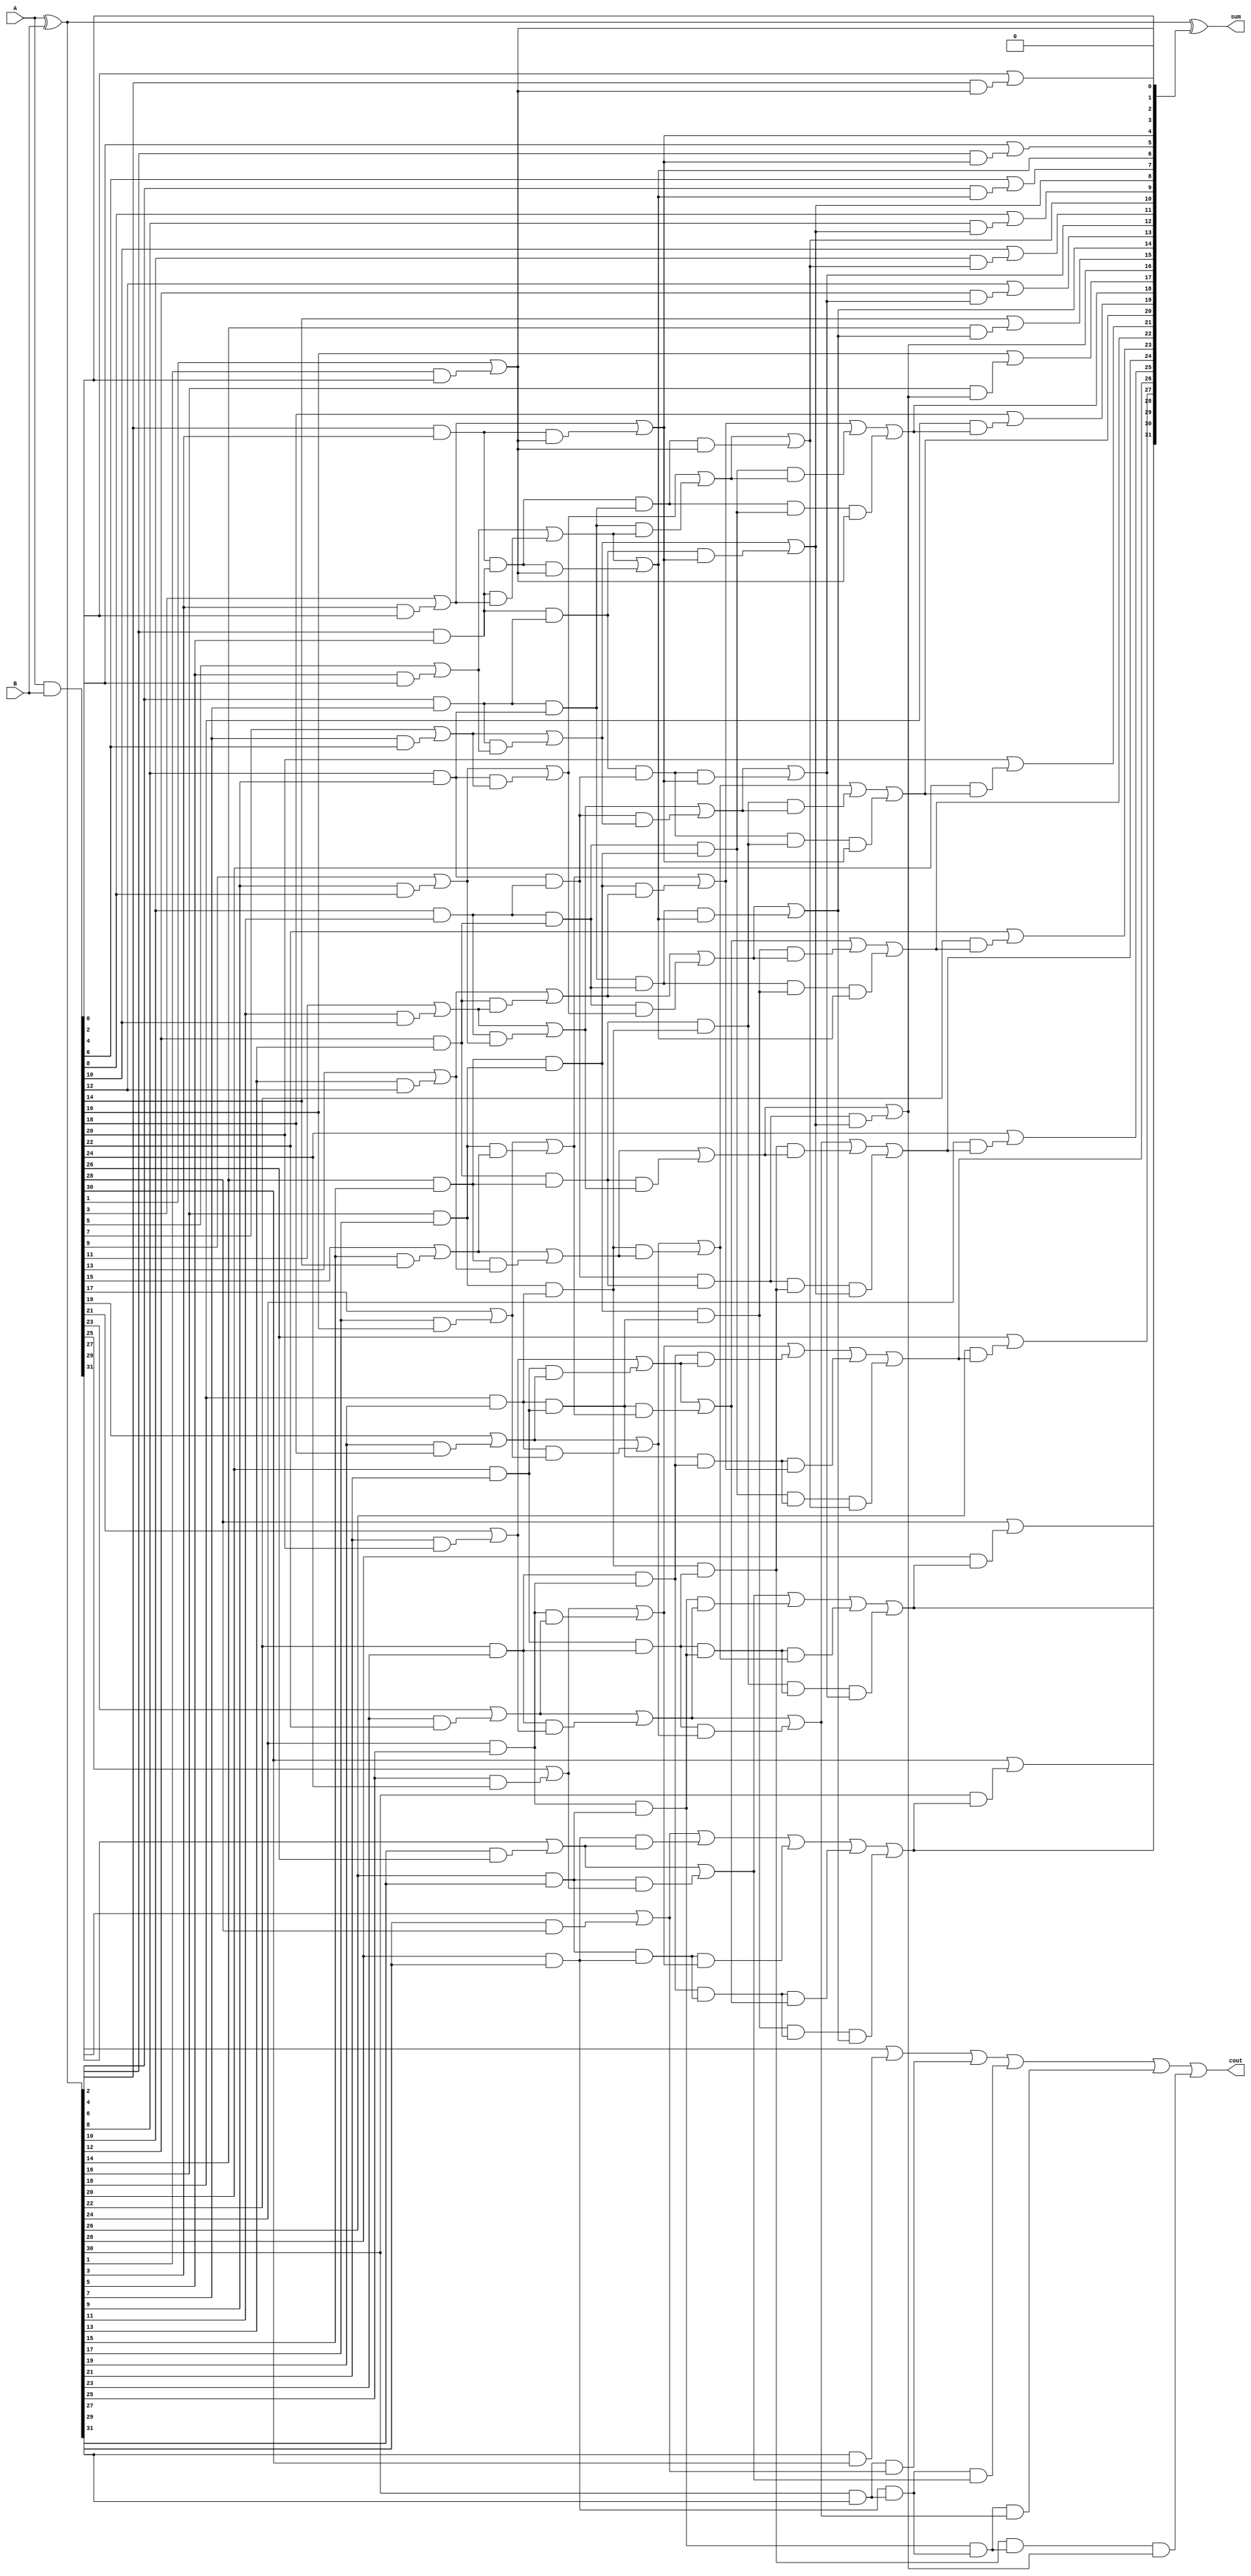
//`include "black_cell.v"
//`include "blue_cell.v"

module Han_Carlson(A, B, sum, cout);
// parameter N = 32 
input  [31:0] A, B;
output reg [31:0] sum;
output reg cout;

reg [15:0] G1;
reg [15:1] P1;
reg [14:0] G2;
reg [14:1] P2;
reg [13:0] G3;
reg [13:2] P3;
reg [11:0] G4;
reg [11:4] P4;
reg [7:0]  G5;
reg [14:0] G6;

reg [31:0] p, g, carry;


//------- carry generation -------//

integer i, j, k, m, n;
always @(*) begin
	//------- p g generation -------//
	p = A ^ B;
	g = A & B;
	
	//stage 1 BK
	for(i=0; i<16; i=i+1) begin: stage1_BK
		if(i==0) begin
			G1[i] = g[1] | (p[1]&g[0]);
		end
		else begin
			G1[i] = g[2*i+1] | (p[2*i+1]&g[2*i]);
			P1[i] = p[2*i] & p[2*i+1];
		end
	end

	//stage 2 KS
	for(j=0; j<15; j=j+1) begin: stage2_KS
		if(j==0) begin
			G2[j] = G1[j+1] | (P1[j+1]&G1[j]);
		end
		else begin
			G2[j] = G1[j+1] | (P1[j+1]&G1[j]);
			P2[j] = P1[j] & P1[j+1];
		end
	end

	//stage 3 KS
	for(k=0; k<14; k=k+1) begin: stage3_KS
		if(k==0) begin
			G3[k] = G2[k+1] | (P2[k+1]&G1[0]);
		end
		else if(k==1) begin
			G3[k] = G2[k+1] | (P2[k+1]&G2[k-1]);
		end
		else begin
			G3[k] = G2[k+1] | (P2[k+1]&G2[k-1]);
			P3[k] = P2[k-1] & P2[k+1];
		end
	end

	//stage 4 KS
	for(m=0; m<12; m=m+1) begin: stage4_KS
		if(m==0) begin
			G4[m] = G3[m+2] | (P3[m+2]&G1[0]);
		end
		else if(m==1) begin
			G4[m] = G3[m+2] | (P3[m+2]&G2[m-1]);
		end
		else if(m<4) begin
			G4[m] = G3[m+2] | (P3[m+2]&G3[m-2]);
		end
		else begin
			G4[m] = G3[m+2] | (P3[m+2]&G3[m-2]);
			P4[m] = P3[m-2] & P3[m+2];
		end
	end

	//stage 5 KS
	for(n=0; n<8; n=n+1) begin: stage5_KS
		if(n==0) begin
			G5[n] = G4[n+4] | (P4[n+4]&G1[0]);
		end
		else if(n==1) begin
			G5[n] = G4[n+4] | (P4[n+4]&G2[n-1]);
		end
		else if(n<4) begin
			G5[n] = G4[n+4] | (P4[n+4]&G3[n-2]);
		end
		else begin
			G5[n] = G4[n+4] | (P4[n+4]&G4[n-4]);
		end
	end

	// stage 6 BK
	G6[0] = g[2] | (p[2]&G1[0]);
	G6[1] = g[4] | (p[4]&G2[0]);
	G6[2] = g[6] | (p[6]&G3[0]);
	G6[3] = g[8] | (p[8]&G3[1]);
	G6[4] = g[10] | (p[10]&G4[0]);
	G6[5] = g[12] | (p[12]&G4[1]);
	G6[6] = g[14] | (p[14]&G4[2]);
	G6[7] = g[16] | (p[16]&G4[3]);
	G6[8] = g[18] | (p[18]&G5[0]);
	G6[9] = g[20] | (p[20]&G5[1]);
	G6[10] = g[22] | (p[22]&G5[2]);
	G6[11] = g[24] | (p[24]&G5[3]);
	G6[12] = g[26] | (p[26]&G5[4]);
	G6[13] = g[28] | (p[28]&G5[5]);
	G6[14] = g[30] | (p[30]&G5[6]);
	
	
	//connect G to carry
	{carry[31], carry[29], carry[27], carry[25], carry[23], 
	 carry[21], carry[19], carry[17], carry[15], carry[13], 
	 carry[11], carry[9],  carry[7],  carry[5],  carry[3], carry[1],  carry[0]} = {G5[7:0], G4[3:0], G3[1:0], G2[0], G1[0], g[0]};
	 
	{carry[30], carry[28], carry[26], carry[24], carry[22], carry[20], carry[18], carry[16], carry[14], carry[12], carry[10], carry[8], carry[6], carry[4], carry[2]} = G6;


	//------- full adder -------//
	cout = carry[31];
	sum = p ^ {carry[30:0], 1'b0};


end


endmodule